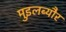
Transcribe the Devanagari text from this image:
मुइलब्यौर